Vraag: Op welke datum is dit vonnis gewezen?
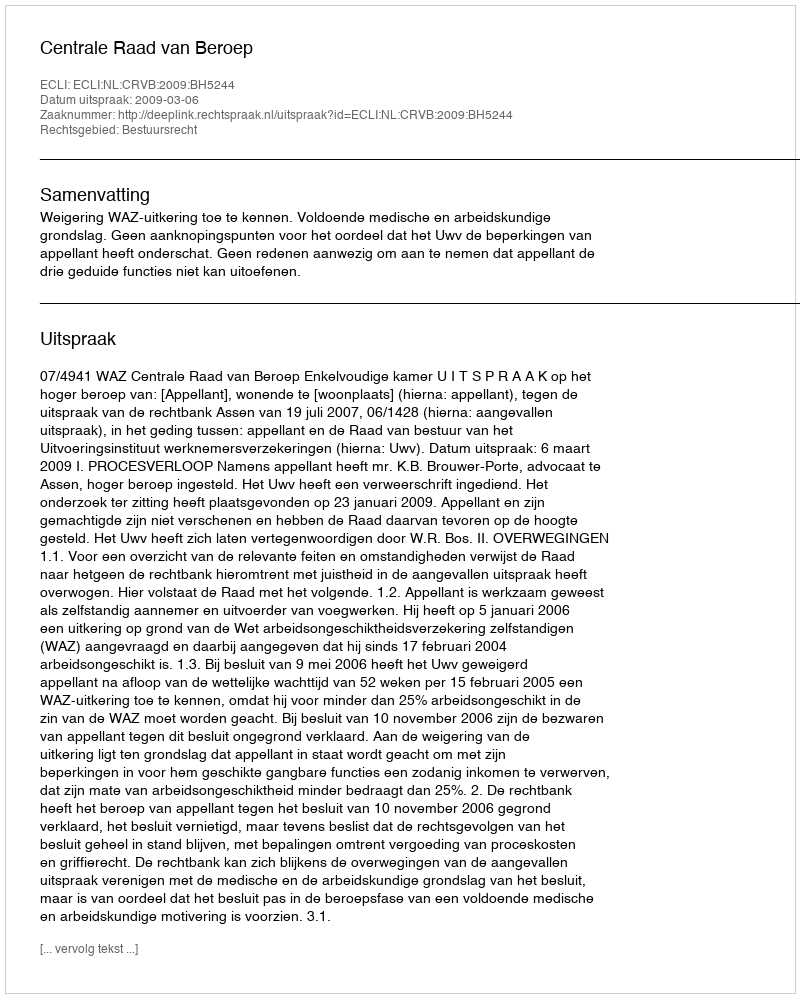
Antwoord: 2009-03-06